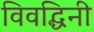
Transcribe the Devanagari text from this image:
विवद्धिनी